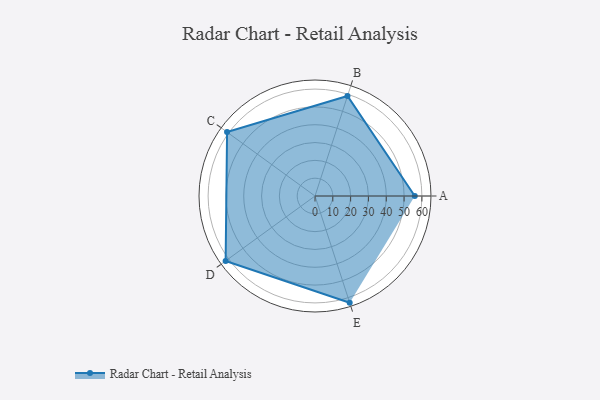
{"axis": {"x": "Skill", "y": "Score"}, "legend": ["Profile"], "data": [{"x": "A", "y": 56.0, "type": "Profile"}, {"x": "B", "y": 59.0, "type": "Profile"}, {"x": "C", "y": 61.0, "type": "Profile"}, {"x": "D", "y": 62.0, "type": "Profile"}, {"x": "E", "y": 63.0, "type": "Profile"}]}